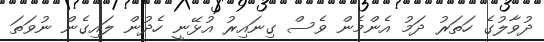
ދުވާލުގެ ހަތަރު ދަމު އެންމެން ވެސް ގިނައިރު އުޅޭނީ ހެދުން ލައިގެން ނުވަތަ